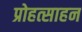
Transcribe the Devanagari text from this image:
प्रोहत्साहन